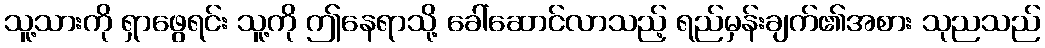
သူ့သားကို ရှာဖွေရင်း သူ့ကို ဤနေရာသို့ ခေါ်ဆောင်လာသည့် ရည်မှန်းချက်၏အစား သုညသည်